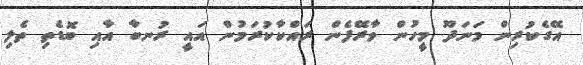
އޭގެކުރިން މަނަދޫ މީހުން ވާރޭފެން ރައްކާކުރަމުން އައީ ރުނބާ އާއި ބޮޑެތި ތެލި